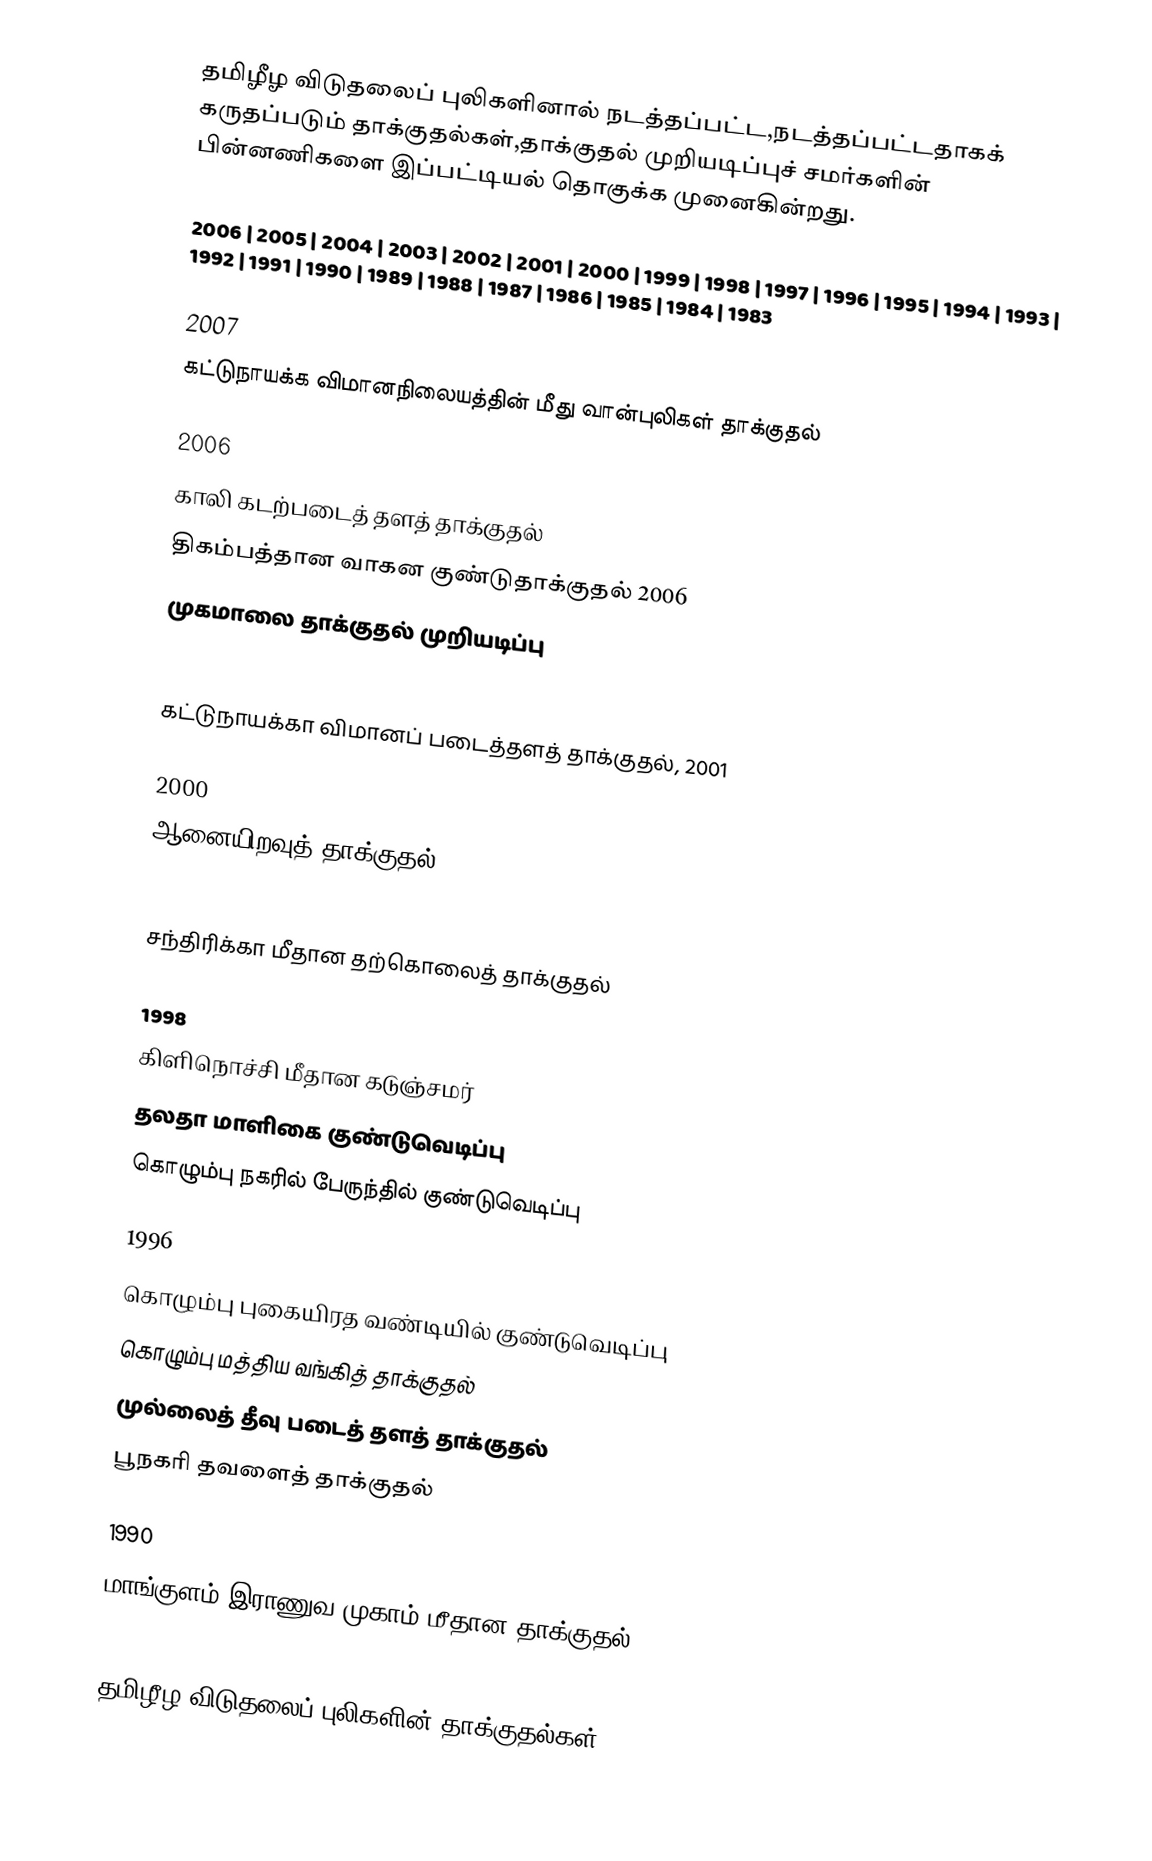
தமிழீழ விடுதலைப் புலிகளினால் நடத்தப்பட்ட,நடத்தப்பட்டதாகக் கருதப்படும் தாக்குதல்கள்,தாக்குதல் முறியடிப்புச் சமர்களின் பின்னணிகளை இப்பட்டியல் தொகுக்க முனைகின்றது.

2006 | 2005 | 2004 | 2003 | 2002 | 2001 | 2000 | 1999 | 1998 | 1997 | 1996 | 1995 | 1994 | 1993 | 1992 | 1991 | 1990 | 1989 | 1988 | 1987 | 1986 | 1985 | 1984 | 1983

2007
கட்டுநாயக்க விமானநிலையத்தின் மீது வான்புலிகள் தாக்குதல்

2006
காலி கடற்படைத் தளத் தாக்குதல்
திகம்பத்தான வாகன குண்டுதாக்குதல் 2006
முகமாலை தாக்குதல் முறியடிப்பு

2001
கட்டுநாயக்கா விமானப் படைத்தளத் தாக்குதல், 2001

2000
ஆனையிறவுத் தாக்குதல்

1999
சந்திரிக்கா மீதான தற்கொலைத் தாக்குதல்

1998
கிளிநொச்சி மீதான கடுஞ்சமர்
தலதா மாளிகை குண்டுவெடிப்பு
கொழும்பு நகரில் பேருந்தில் குண்டுவெடிப்பு

1996
கொழும்பு புகையிரத வண்டியில் குண்டுவெடிப்பு
கொழும்பு மத்திய வங்கித் தாக்குதல்
முல்லைத் தீவு படைத் தளத் தாக்குதல்
பூநகரி தவளைத் தாக்குதல்

1990
மாங்குளம் இராணுவ முகாம் மீதான தாக்குதல்

தமிழீழ விடுதலைப் புலிகளின் தாக்குதல்கள்